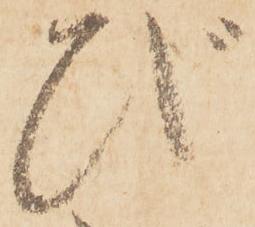
び